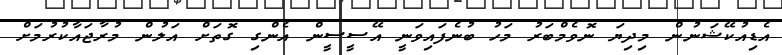
އެޑިއުކޭޝަނުން މިދިޔަ ނޮވެމްބަރު މަހު ބުނެފައިވަނީ އޭސީސީން އެންގި ގޮތަށް އަލުން މުރާޖައާކުރުމަށް